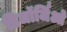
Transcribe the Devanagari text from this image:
डिजॉर्जिओ